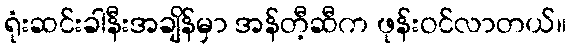
ရုံးဆင်းခါနီးအချိန်မှာ အန်တီ့ဆီက ဖုန်းဝင်လာတယ်။